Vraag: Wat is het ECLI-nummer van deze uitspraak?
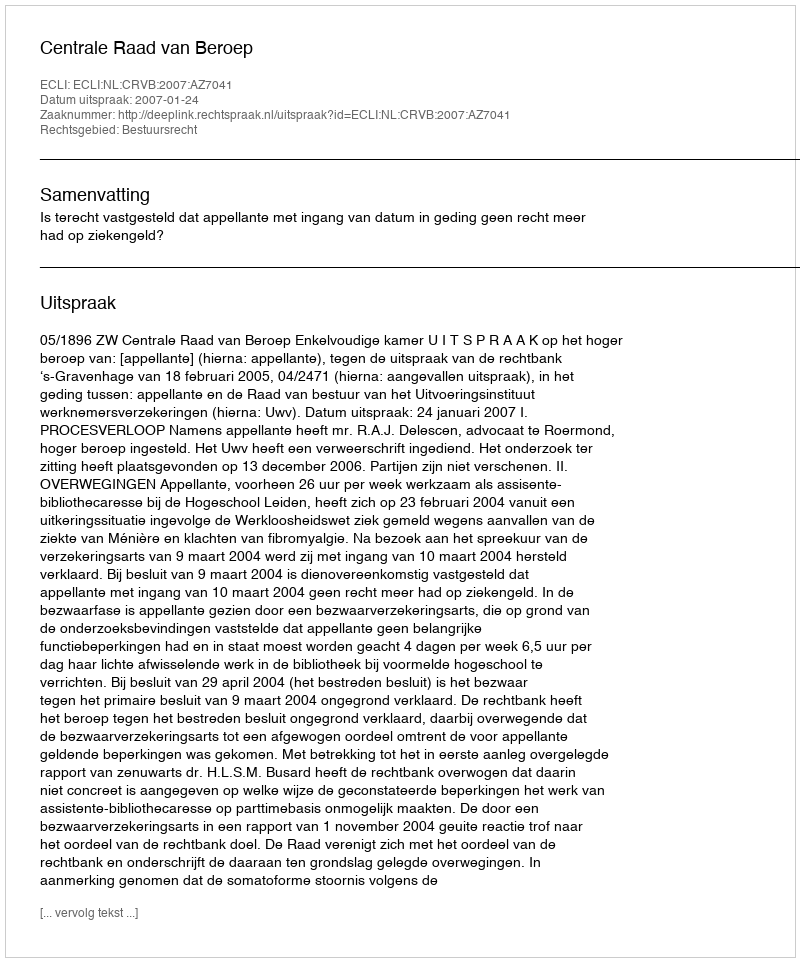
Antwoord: ECLI:NL:CRVB:2007:AZ7041